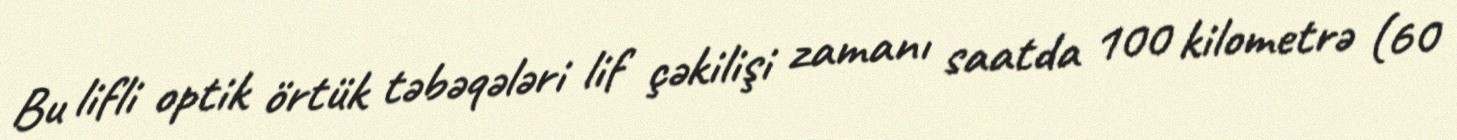
Bu lifli optik örtük təbəqələri lif çəkilişi zamanı saatda 100 kilometrə (60